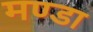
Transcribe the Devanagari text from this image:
मण्डा